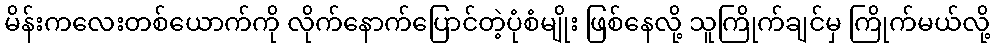
မိန်းကလေးတစ်ယောက်ကို လိုက်နောက်ပြောင်တဲ့ပုံစံမျိုး ဖြစ်နေလို့ သူကြိုက်ချင်မှ ကြိုက်မယ်လို့